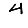
Digit: 4